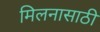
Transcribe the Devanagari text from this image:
मिलनासाठी